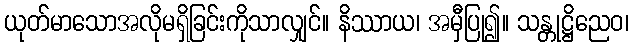
ယုတ်မာသောအလိုမရှိခြင်းကိုသာလျှင်။ နိဿာယ၊ အမှီပြု၍။ သန္တုဋ္ဌိညေဝ၊